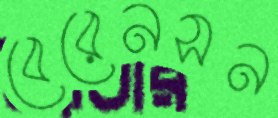
বেরেনসন